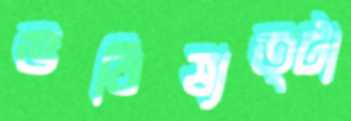
ভবিষ্যত্টা